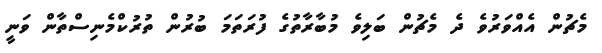
މެޗުން އެއްވަރުވެ ދެ މެޗުން ބަލިވެ މުބާރާތުގެ ފުރަތަމަ ބުރުން ތުރުކްމެނިސްތާން ވަނީ